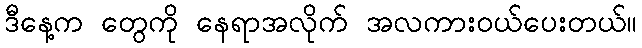
ဒီနေ့က တွေကို နေရာအလိုက် အလကားဝယ်ပေးတယ်။